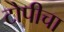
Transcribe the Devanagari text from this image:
टोपीचा